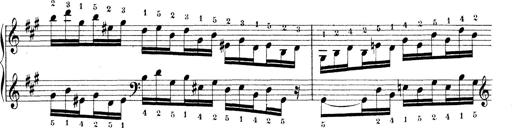
Title: Technische Studien
Composer: Franz Liszt